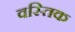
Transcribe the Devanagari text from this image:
वस्तिक